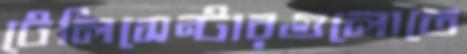
টেলিসেন্টারগুলোতে